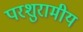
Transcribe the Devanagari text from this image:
परशुरामीय